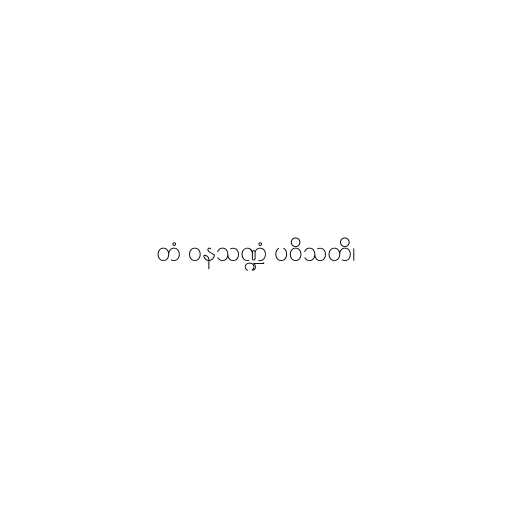
တံ ဝနသဏ္ဍံ ပဝိသတိ၊